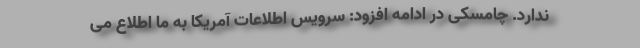
ندارد. چامسکی در ادامه افزود: سرویس اطلاعات آمریکا به ما اطلاع می